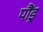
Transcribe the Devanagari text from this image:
पौंड्र